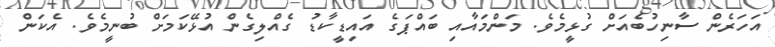
އަހަރެން ސާނިހުބެއަށް ގުޅީމެވެ. މަންމައާއި ބައްޕަގެ އައިޑީކާޑު ގެއްލިގެން އުޅޭކަމަށް ބުނީމެވެ. އެކަން